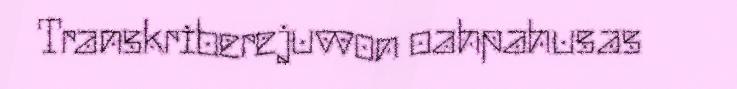
Transkriberejuvvon oahpahusas